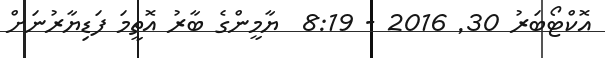
އޮކްޓޯބަރު 30